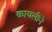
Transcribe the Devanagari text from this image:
कायलीने